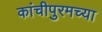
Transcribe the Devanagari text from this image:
कांचीपुरमच्या